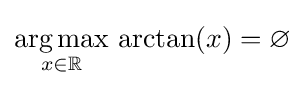
{\underset {x\in \mathbb {R} }{\operatorname {arg\,max} }}\,\arctan(x)=\varnothing